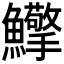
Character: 𩽡